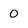
Character: 0